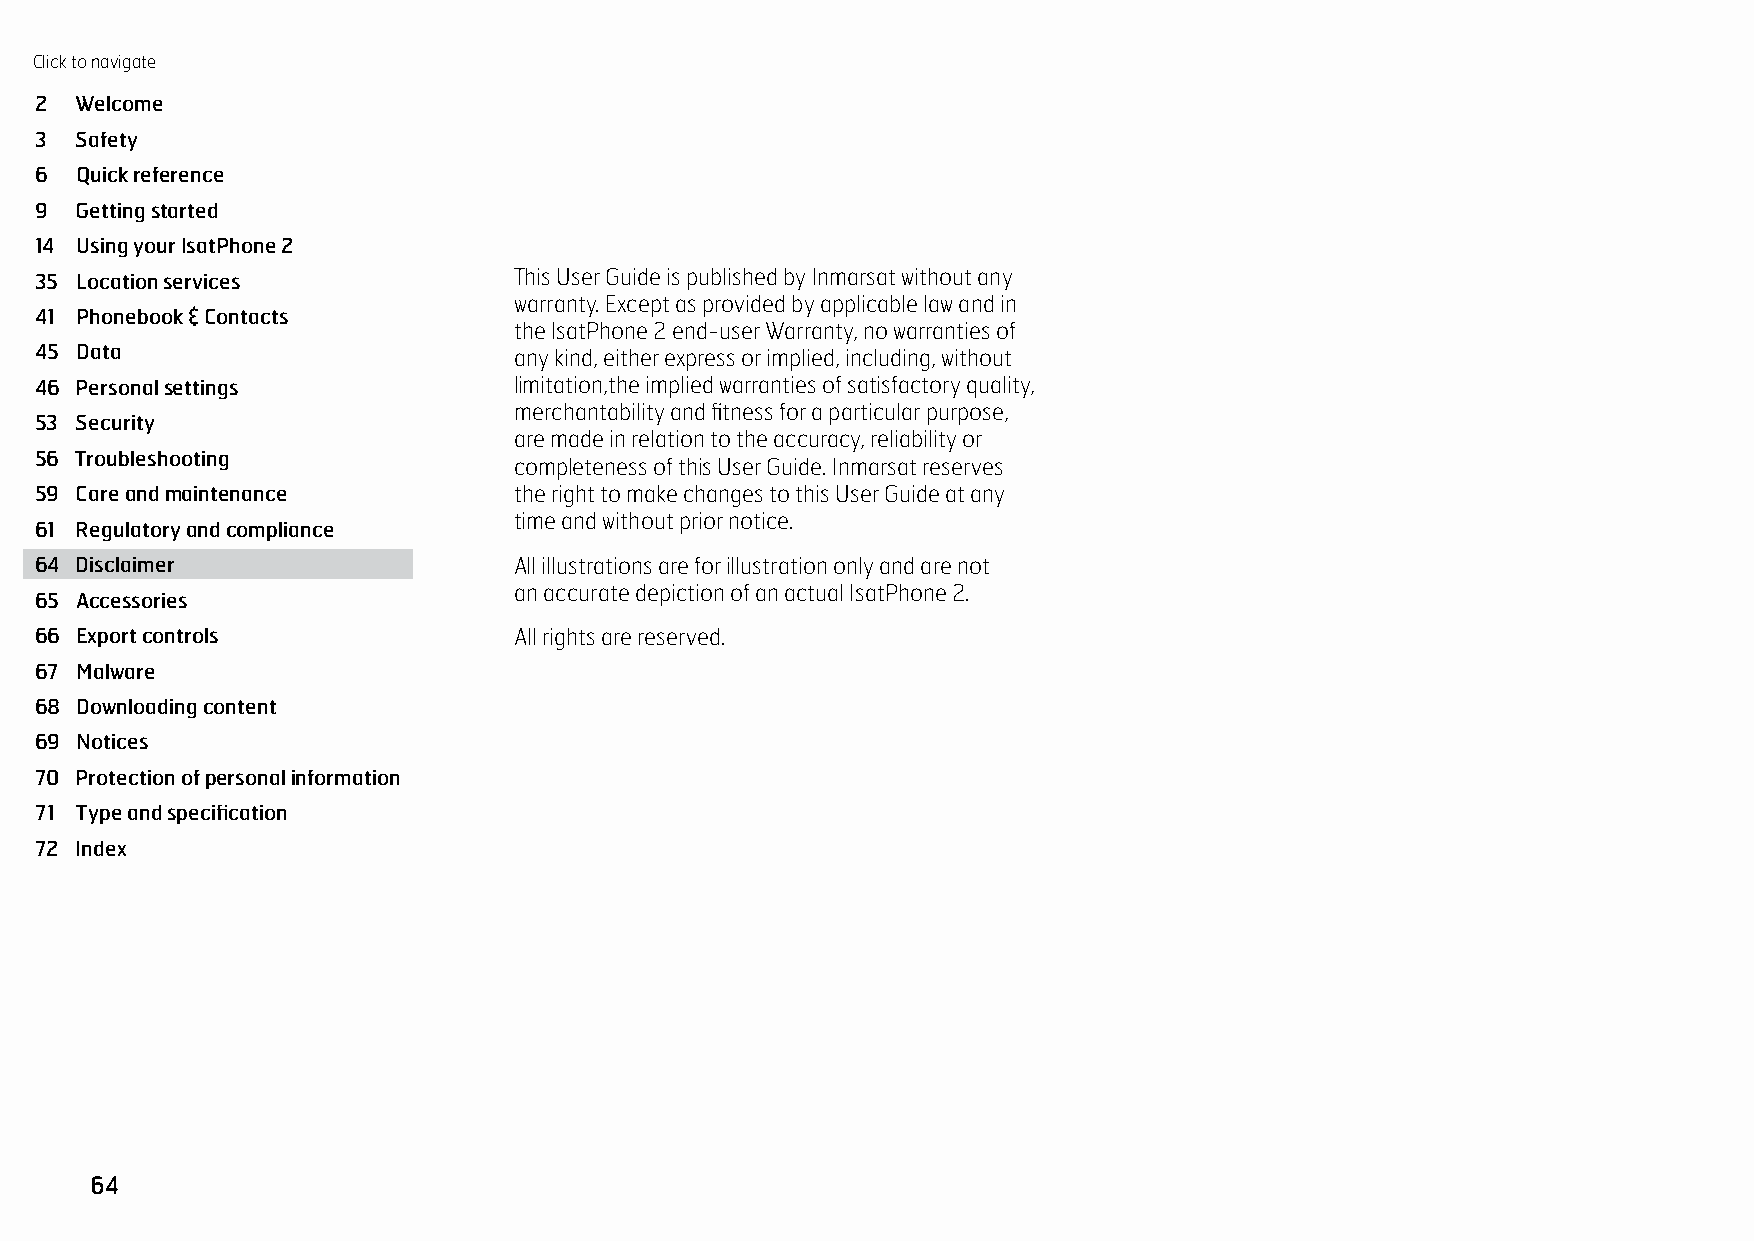
Click to navigate
 DISCLAIMER
 2  Welcome
 3  Safety
 6  Quick reference
 9  Getting started
 14 Using your IsatPhone 2
 35 Location services            This User Guide is published by Inmarsat without any
 warranty. Except as provided by applicable law and in
 41 Phonebook & Contacts
 the IsatPhone 2 end-user Warranty, no warranties of
 45 Data                         any kind, either express or implied, including, without
 46 Personal settings            limitation,the implied warranties of satisfactory quality,
 merchantability and fitness for a particular purpose,
 53 Security
 are made in relation to the accuracy, reliability or
 56 Troubleshooting
 completeness of this User Guide. Inmarsat reserves
 59 Care and maintenance         the right to make changes to this User Guide at any
 time and without prior notice.
 61 Regulatory and compliance
 64 Disclaimer                   All illustrations are for illustration only and are not
 an accurate depiction of an actual IsatPhone 2.
 65 Accessories
 66 Export controls              All rights are reserved.
 67 Malware
 68 Downloading content
 69 Notices
 70 Protection of personal information
 71 Type and specification
 72 Index
 64